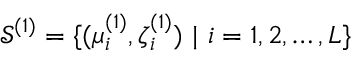
{ \mathcal S } ^ { ( 1 ) } = \{ ( \boldsymbol { \mu } _ { i } ^ { ( 1 ) } , \boldsymbol { \zeta } _ { i } ^ { ( 1 ) } ) ~ | ~ i = 1 , 2 , \ldots , L \}